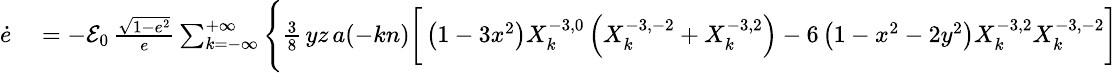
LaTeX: \small\begin{array}{rl}{\dot{e}}&{{}=-{\cal E}_{0}\, \frac{\sqrt{1-e^{2}}}{e}\sum_{k=-\infty}^{+\infty}\Bigg\{ \frac 38\, yz\, a(-kn)\bigg[\left(1-3x^{2}\right)X_{k}^{-3,0}\left(X_{k}^{-3,-2}+X_{k}^{-3,2}\right)-6\left(1-x^{2}-2y^{2}\right)X_{k}^{-3,2}X_{k}^{-3,-2}\bigg]}\end{array}